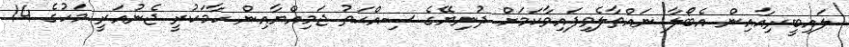
ލައިބީރިއާއިން އެބޯލާ ނައްތާލެވިފައިވާކަމަށް ދުނިޔޭގެ ސިއްޙަތު ޖަމިއްޔާއިން ހާމަކުރީ ޖެނުއަރީ މަހުގެ 14